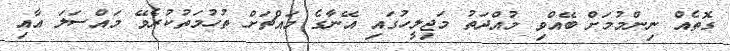
ގޮތެއް ނިންމުމަށް ބޭއްވި މުއްދަތު މަޖިލީހުގައި އޭނާގެ މައްޗަށް ތުހުމަތުކުރެވޭ މައްސަލަ އާއި